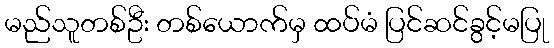
မည်သူတစ်ဦး တစ်ယောက်မှ ထပ်မံ ပြင်ဆင်ခွင့်မပြု